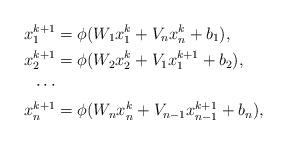
LaTeX: \begin{align*}x_{1}^{k+1} &= \phi(W_1 x_{1}^{k}+V_n x_{n}^{k}+b_1), \\x_{2}^{k+1} &= \phi(W_2 x_{2}^{k}+V_{1} x_{1}^{k+1} +b_2), \\\cdots \\x_{n}^{k+1} &= \phi(W_n x_{n}^{k}+V_{n-1}x_{n-1}^{k+1}+b_n),\end{align*}